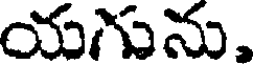
యగును,